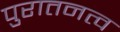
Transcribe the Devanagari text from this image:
पुरातनत्व